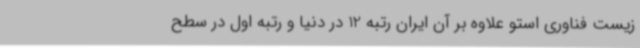
زیست فناوری استو علاوه بر آن ایران رتبه 12 در دنیا و رتبه اول در سطح